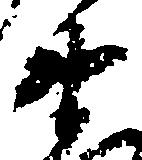
衛